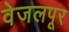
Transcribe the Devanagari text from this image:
वेजलपूर